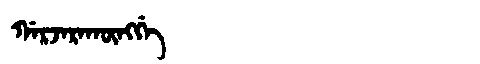
Manchu: ᡤᠠᡵᠵᠠᡵᠠᡴᡡᠩᡤᡝ
Romanization: GARJARAKŪNGGE